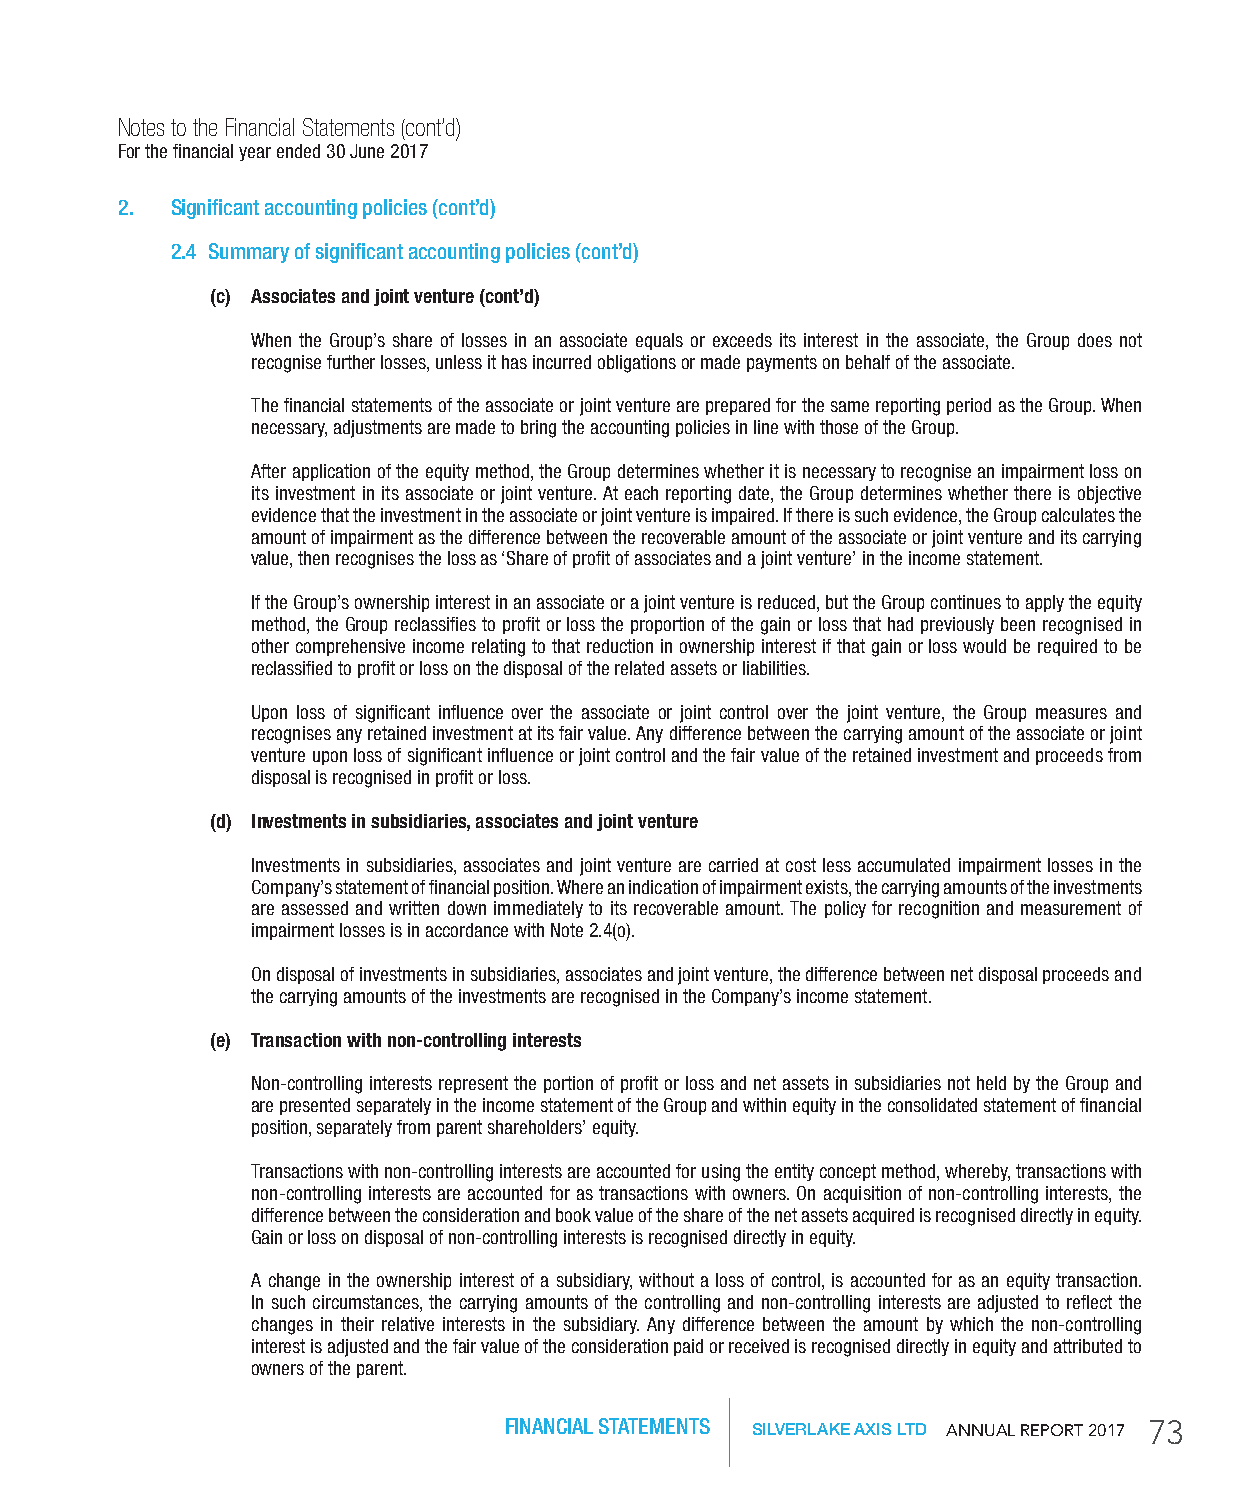
Notes to the Financial Statements (cont’d)
 For the financial year ended 30 June 2017
 2. Significant accounting policies (cont’d)
 2.4 Summary of significant accounting policies (cont’d)
 (c) Associates and joint venture (cont’d)
 When the Group’s share of losses in an associate equals or exceeds its interest in the associate, the Group does not
 recognise further losses, unless it has incurred obligations or made payments on behalf of the associate.
 The financial statements of the associate or joint venture are prepared for the same reporting period as the Group. When
 necessary, adjustments are made to bring the accounting policies in line with those of the Group.
 After application of the equity method, the Group determines whether it is necessary to recognise an impairment loss on
 its investment in its associate or joint venture. At each reporting date, the Group determines whether there is objective
 evidence that the investment in the associate or joint venture is impaired. If there is such evidence, the Group calculates the
 amount of impairment as the difference between the recoverable amount of the associate or joint venture and its carrying
 value, then recognises the loss as ‘Share of profit of associates and a joint venture’ in the income statement.
 If the Group’s ownership interest in an associate or a joint venture is reduced, but the Group continues to apply the equity
 method, the Group reclassifies to profit or loss the proportion of the gain or loss that had previously been recognised in
 other comprehensive income relating to that reduction in ownership interest if that gain or loss would be required to be
 reclassified to profit or loss on the disposal of the related assets or liabilities.
 Upon loss of significant influence over the associate or joint control over the joint venture, the Group measures and
 recognises any retained investment at its fair value. Any difference between the carrying amount of the associate or joint
 venture upon loss of significant influence or joint control and the fair value of the retained investment and proceeds from
 disposal is recognised in profit or loss.
 (d) investments in subsidiaries, associates and joint venture
 Investments in subsidiaries, associates and joint venture are carried at cost less accumulated impairment losses in the
 Company’s statement of financial position. Where an indication of impairment exists, the carrying amounts of the investments
 are assessed and written down immediately to its recoverable amount. The policy for recognition and measurement of
 impairment losses is in accordance with Note 2.4(o).
 On disposal of investments in subsidiaries, associates and joint venture, the difference between net disposal proceeds and
 the carrying amounts of the investments are recognised in the Company’s income statement.
 (e) transaction with non-controlling interests
 Non-controlling interests represent the portion of profit or loss and net assets in subsidiaries not held by the Group and
 are presented separately in the income statement of the Group and within equity in the consolidated statement of financial
 position, separately from parent shareholders’ equity.
 Transactions with non-controlling interests are accounted for using the entity concept method, whereby, transactions with
 non-controlling interests are accounted for as transactions with owners. On acquisition of non-controlling interests, the
 difference between the consideration and book value of the share of the net assets acquired is recognised directly in equity.
 Gain or loss on disposal of non-controlling interests is recognised directly in equity.
 A change in the ownership interest of a subsidiary, without a loss of control, is accounted for as an equity transaction.
 In such circumstances, the carrying amounts of the controlling and non-controlling interests are adjusted to reflect the
 changes in their relative interests in the subsidiary. Any difference between the amount by which the non-controlling
 interest is adjusted and the fair value of the consideration paid or received is recognised directly in equity and attributed to
 owners of the parent.
 FINANCIAL STATEMENTS SILVERLAKE AXIS LTD AnnuAl RepoRt 2017 73